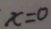
x = 0